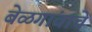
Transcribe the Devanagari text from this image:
बेळगांवाचे